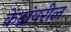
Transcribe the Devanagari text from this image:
केंद्रांवरील